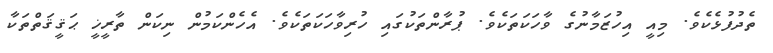
ތެދުފުޅެކެވެ. މިއީ އިހުޒަމާނުގެ ވާހަކަތަކެވެ. ޕުރާންތަކުގައި ހުރިވާހަކަތަކެވެ. އެހެންކަމުން ނިކަން ތާރީޚީ ޙަޤީޤަތްތަކާ